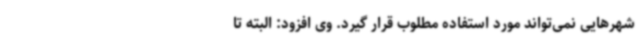
شهرهایی نمی‌تواند مورد استفاده مطلوب قرار گیرد. وی افزود: البته تا